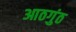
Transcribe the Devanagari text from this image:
आठगुंठ